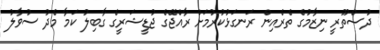
ދުސްތޫރީ ނިޒާމުގެ ތެރެއިން ރަނގަޅުކުރުމަށް ރާއްޖޭގެ ޖުޑީޝަރީގެ ގާބިލު ކަމާ މެދު ސުވާލު